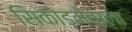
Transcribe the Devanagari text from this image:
सिकोड़नेवाला